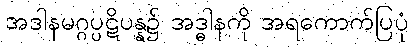
အဒါနမဂ္ဂပ္ပဋိပန္န၌ အဒ္ဓါနကို အရကောက်ပြပုံ